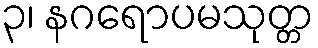
၃၊ နဂရောပမသုတ္တ